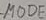
Text: MODE